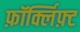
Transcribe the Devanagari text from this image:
फ़ॉर्क्लिफ़्ट